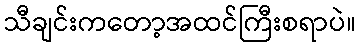
သီချင်းကတော့အထင်ကြီးစရာပဲ။